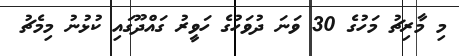
މި މާރިޗު މަހުގެ 30 ވަނަ ދުވަހުގެ ހަވީރު ގައްދޫގައި ކުޅުނު މިމެޗު